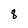
Character: 8